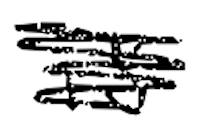
Text: is
Cross-out: scratch
Writing tool: digital_black